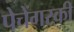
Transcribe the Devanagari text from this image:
पेचेंगस्की